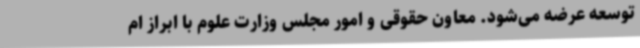
توسعه عرضه می‌شود. معاون حقوقی و امور مجلس وزارت علوم با ابراز ام